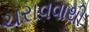
ચરાવવાથી